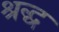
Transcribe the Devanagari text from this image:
श्रद्ध